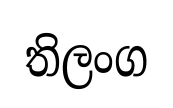
තිලංග